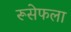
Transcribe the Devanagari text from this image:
रूसेफला